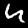
Digit: 4